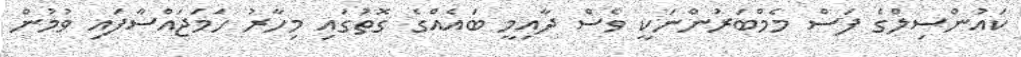
ކައުންސިލްގެ ފަސް މެމްބަރުންނަކީ ވެސް ދާއިމީ ބައެއްގެ ގޮތުގައި މިހާރު ހަމަޖައްސާފައި ވުމުން